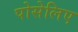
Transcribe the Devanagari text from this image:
पोसेलिए